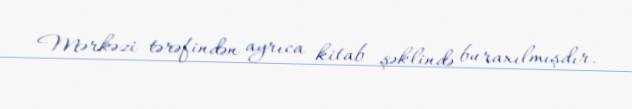
Mərkəzi tərəfindən ayrıca kitab şəklində buraxılmışdır.